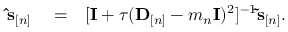
\begin{array} { r l r } { \ensuremath { \mathbf { \hat { s } } } _ { [ n ] } } & { { } = } & { [ { \mathbf I } + \tau ( { \bf D } _ { [ n ] } - m _ { n } { \mathbf I } ) ^ { 2 } ] ^ { - 1 } \ensuremath { \mathbf { \tilde { s } } } _ { [ n ] } . } \end{array}